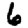
Digit: 6